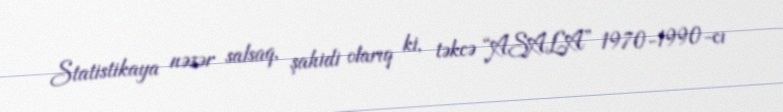
Statistikaya nəzər salsaq, şahidi olarıq ki, təkcə “ASALA” 1970-1990-cı